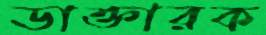
ডাক্তারক